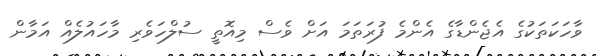
ވާހަކަތަކުގެ އެޖެންޑާގެ އެންމެ ފުރަތަމަ އަށް ވެސް މިއޮތީ ސުލްހަވެރި މާހައުލެއް އަމާން